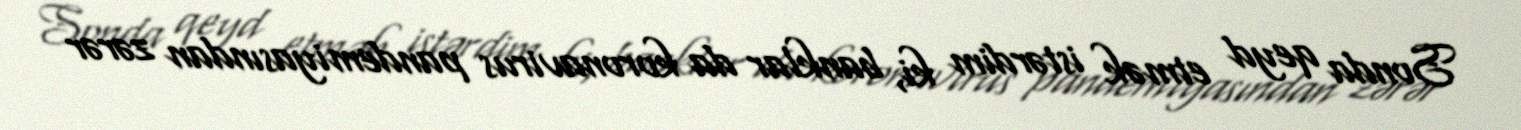
Sonda qeyd etmək istərdim ki, banklar da koronavirus pandemiyasından zərər